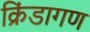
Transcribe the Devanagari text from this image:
क्रिंडागण